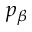
p _ { \beta }